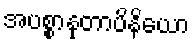
အပစ္စာနုတာပိနိယော